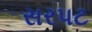
સરપટ